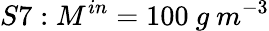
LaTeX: S7:M^{in}=100\ g\ m^{-3}